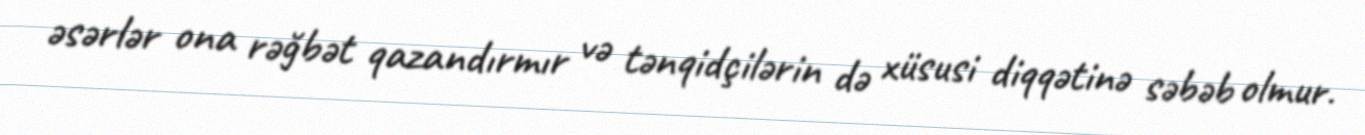
əsərlər ona rəğbət qazandırmır və tənqidçilərin də xüsusi diqqətinə səbəb olmur.